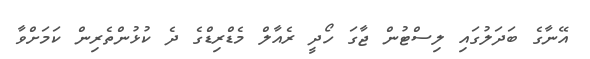
އޭނާގެ ބަދަލުގައި ލިސްޓުން ޖާގަ ހޯދީ ރެއާލް މެޑްރިޑްގެ ދެ ކުޅުންތެރިން ކަމަށްވާ